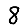
Digit: 8